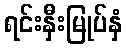
ရင်းနှီးမြုပ်နှံ